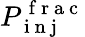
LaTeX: P_{\mathrm{~i~n~j~}}^{\mathrm{~f~r~a~c~}}